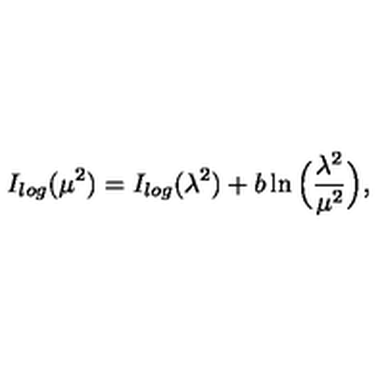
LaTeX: I _ { l o g } ( \mu ^ { 2 } ) = I _ { l o g } ( \lambda ^ { 2 } ) + b \ln \Big ( \frac { \lambda ^ { 2 } } { \mu ^ { 2 } } \Big ) ,